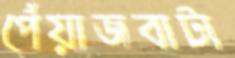
পেঁয়াজবাটা